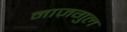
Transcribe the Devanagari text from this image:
नाज़गुल